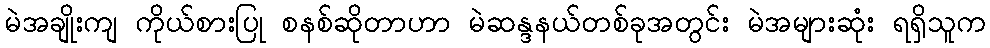
မဲအချိုးကျ ကိုယ်စားပြု စနစ်ဆိုတာဟာ မဲဆန္ဒနယ်တစ်ခုအတွင်း မဲအများဆုံး ရရှိသူက